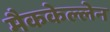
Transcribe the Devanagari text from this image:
मैककेल्लेन